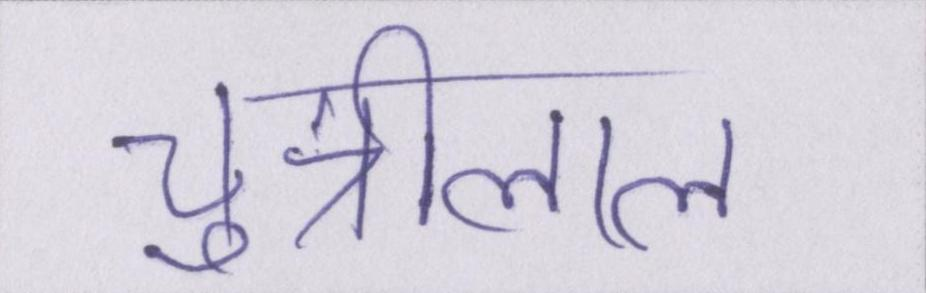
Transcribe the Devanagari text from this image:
चुन्नीलाल